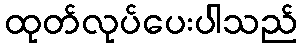
ထုတ်လုပ်ပေးပါသည်